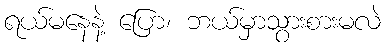
ရယ်မနေနဲ့ ပြော၊ ဘယ်မှာသွားစားမလဲ